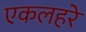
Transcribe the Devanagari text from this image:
एकलहरे